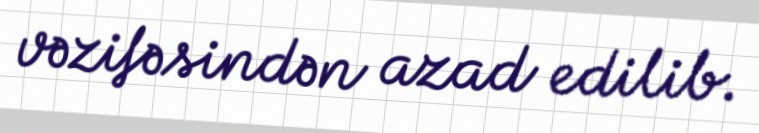
vəzifəsindən azad edilib.